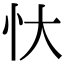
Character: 忕